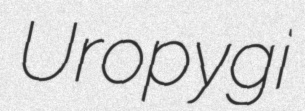
Uropygi